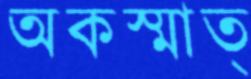
অকস্মাত্